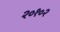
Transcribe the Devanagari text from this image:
२०१०२